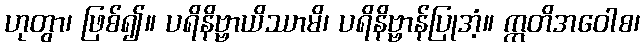
ဟုတွာ၊ ဖြစ်၍။ ပရိနိဗ္ဗာယိဿာမိ၊ ပရိနိဗ္ဗာန်ပြုအံ့။ ဣတိအဝေါစ၊